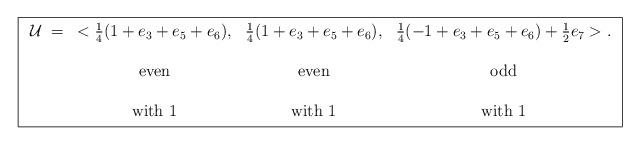
LaTeX: \begin{align*}\fbox{$\begin{array}{lccc}\cal{U} \; =& <\frac{1}{4}(1+e_{3}+e_{5}+e_{6}), &\frac{1}{4}(1+e_{3}+e_{5}+e_{6}), &\frac{1}{4}(-1+e_{3}+e_{5}+e_{6})+\frac{1}{2}e_{7}>. \\ \\&\mbox{even}&\mbox{even}&\mbox{odd} \\ \\& \mbox{with } 1 & \mbox{with } 1 & \mbox{with } 1 \\\end{array}$}\end{align*}